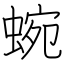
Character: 蜿